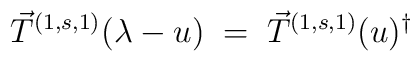
\vec{T}^{(1,s,1)}(\lambda-u)\;=\;{\vec{T}^{(1,s,1)}}(u)^\dagger